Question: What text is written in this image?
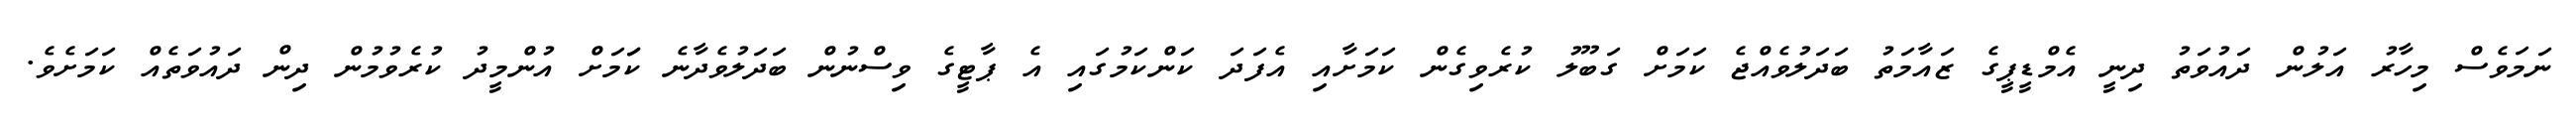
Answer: ނަމަވެސް މިހާރު އަލުން ދައުވަތު ދިނީ އެމްޑީޕީގެ ޒައާމަތު ބަދަލުވެއްޖެ ކަމަށް ގަބޫލު ކުރެވިގެން ކަމަށާއި އެފަދަ ކަންކަމުގައި އެ ޕާޓީގެ ވިސްނުން ބަދަލުވެދާނެ ކަަމަށް އުންމީދު ކުރެވުމުން ދިން ދައުވަތެއް ކަމަށެވެ.